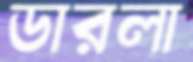
ডারলা